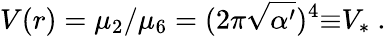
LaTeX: V(r)=\mu_{2}/\mu_{6}=(2\pi\sqrt{\alpha^{\prime}})^{4}{\equiv}V_{*}\ .